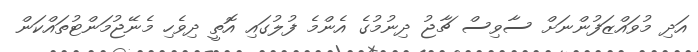
އަދި މުވައްޒަފުންނަށް ސާވިސް ޗާޖު ދިނުމުގެ އެންމެ ފުލުގައި އޮތީ ދިވެހި މެނޭޖުމަންޓުތައްކަން